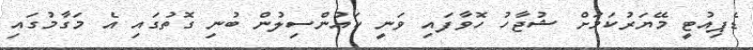
ޑެޕިއުޓީ މޭޔަރުކަމަށް ޝުޖާހު ހޮވާފައި ވަނީ ކައުންސިލުން ބުނި ގޮތުގައި އެ މަގާމުގައި